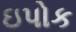
ઇપોક